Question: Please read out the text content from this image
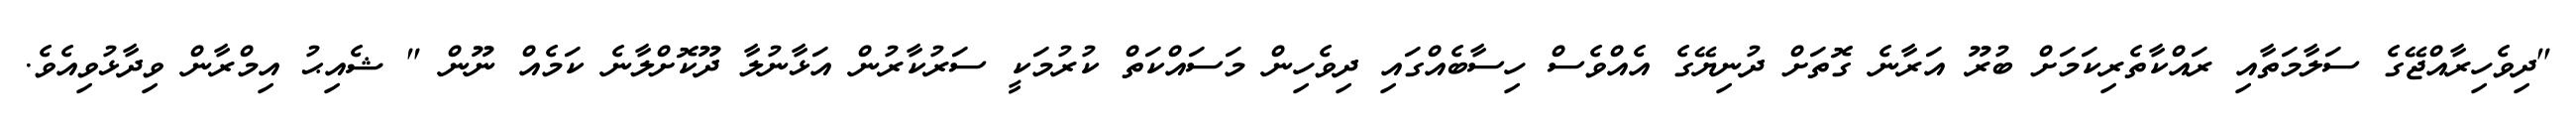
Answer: "ދިވެހިރާއްޖޭގެ ސަލާމަތާއި ރައްކާތެރިކަމަށް ބުރޫ އަރާނެ ގޮތަށް ދުނިޔޭގެ އެއްވެސް ހިސާބެއްގައި ދިވެހިން މަސައްކަތް ކުރުމަކީ ސަރުކާރުން އަޅާނުލާ ދޫކޮށްލާނެ ކަމެއް ނޫން " ޝެއިޙު އިމްރާން ވިދާޅުވިއެވެ.